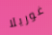
غوريلا